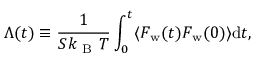
\Lambda ( t ) \equiv \frac { 1 } { S k _ { \mathrm { ~ B ~ } } T } \int _ { 0 } ^ { t } \langle F _ { \mathrm { w } } ( t ) F _ { \mathrm { w } } ( 0 ) \rangle \mathrm { d } t ,